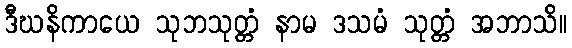
ဒီဃနိကာယေ သုဘသုတ္တံ နာမ ဒသမံ သုတ္တံ အဘာသိ။